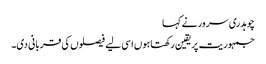
چوہدری سرور نے کہا
جمہوریت پریقین رکھتاہوں اسی لیے فیصلوں کی قربانی دی۔